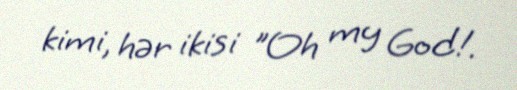
kimi, hər ikisi "Oh my God!.